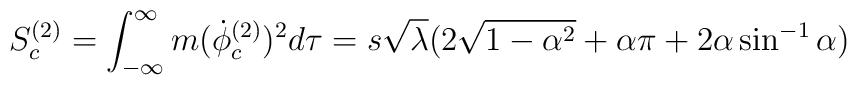
S^{(2)}_c=\int^{\infty}_{-\infty}m  ({\dot{\phi}}^{(2)}_c)^2 d\tau=s\sqrt\lambda(2\sqrt{1-\alpha^2}+\alpha\pi +2\alpha\sin^{-1}\alpha)